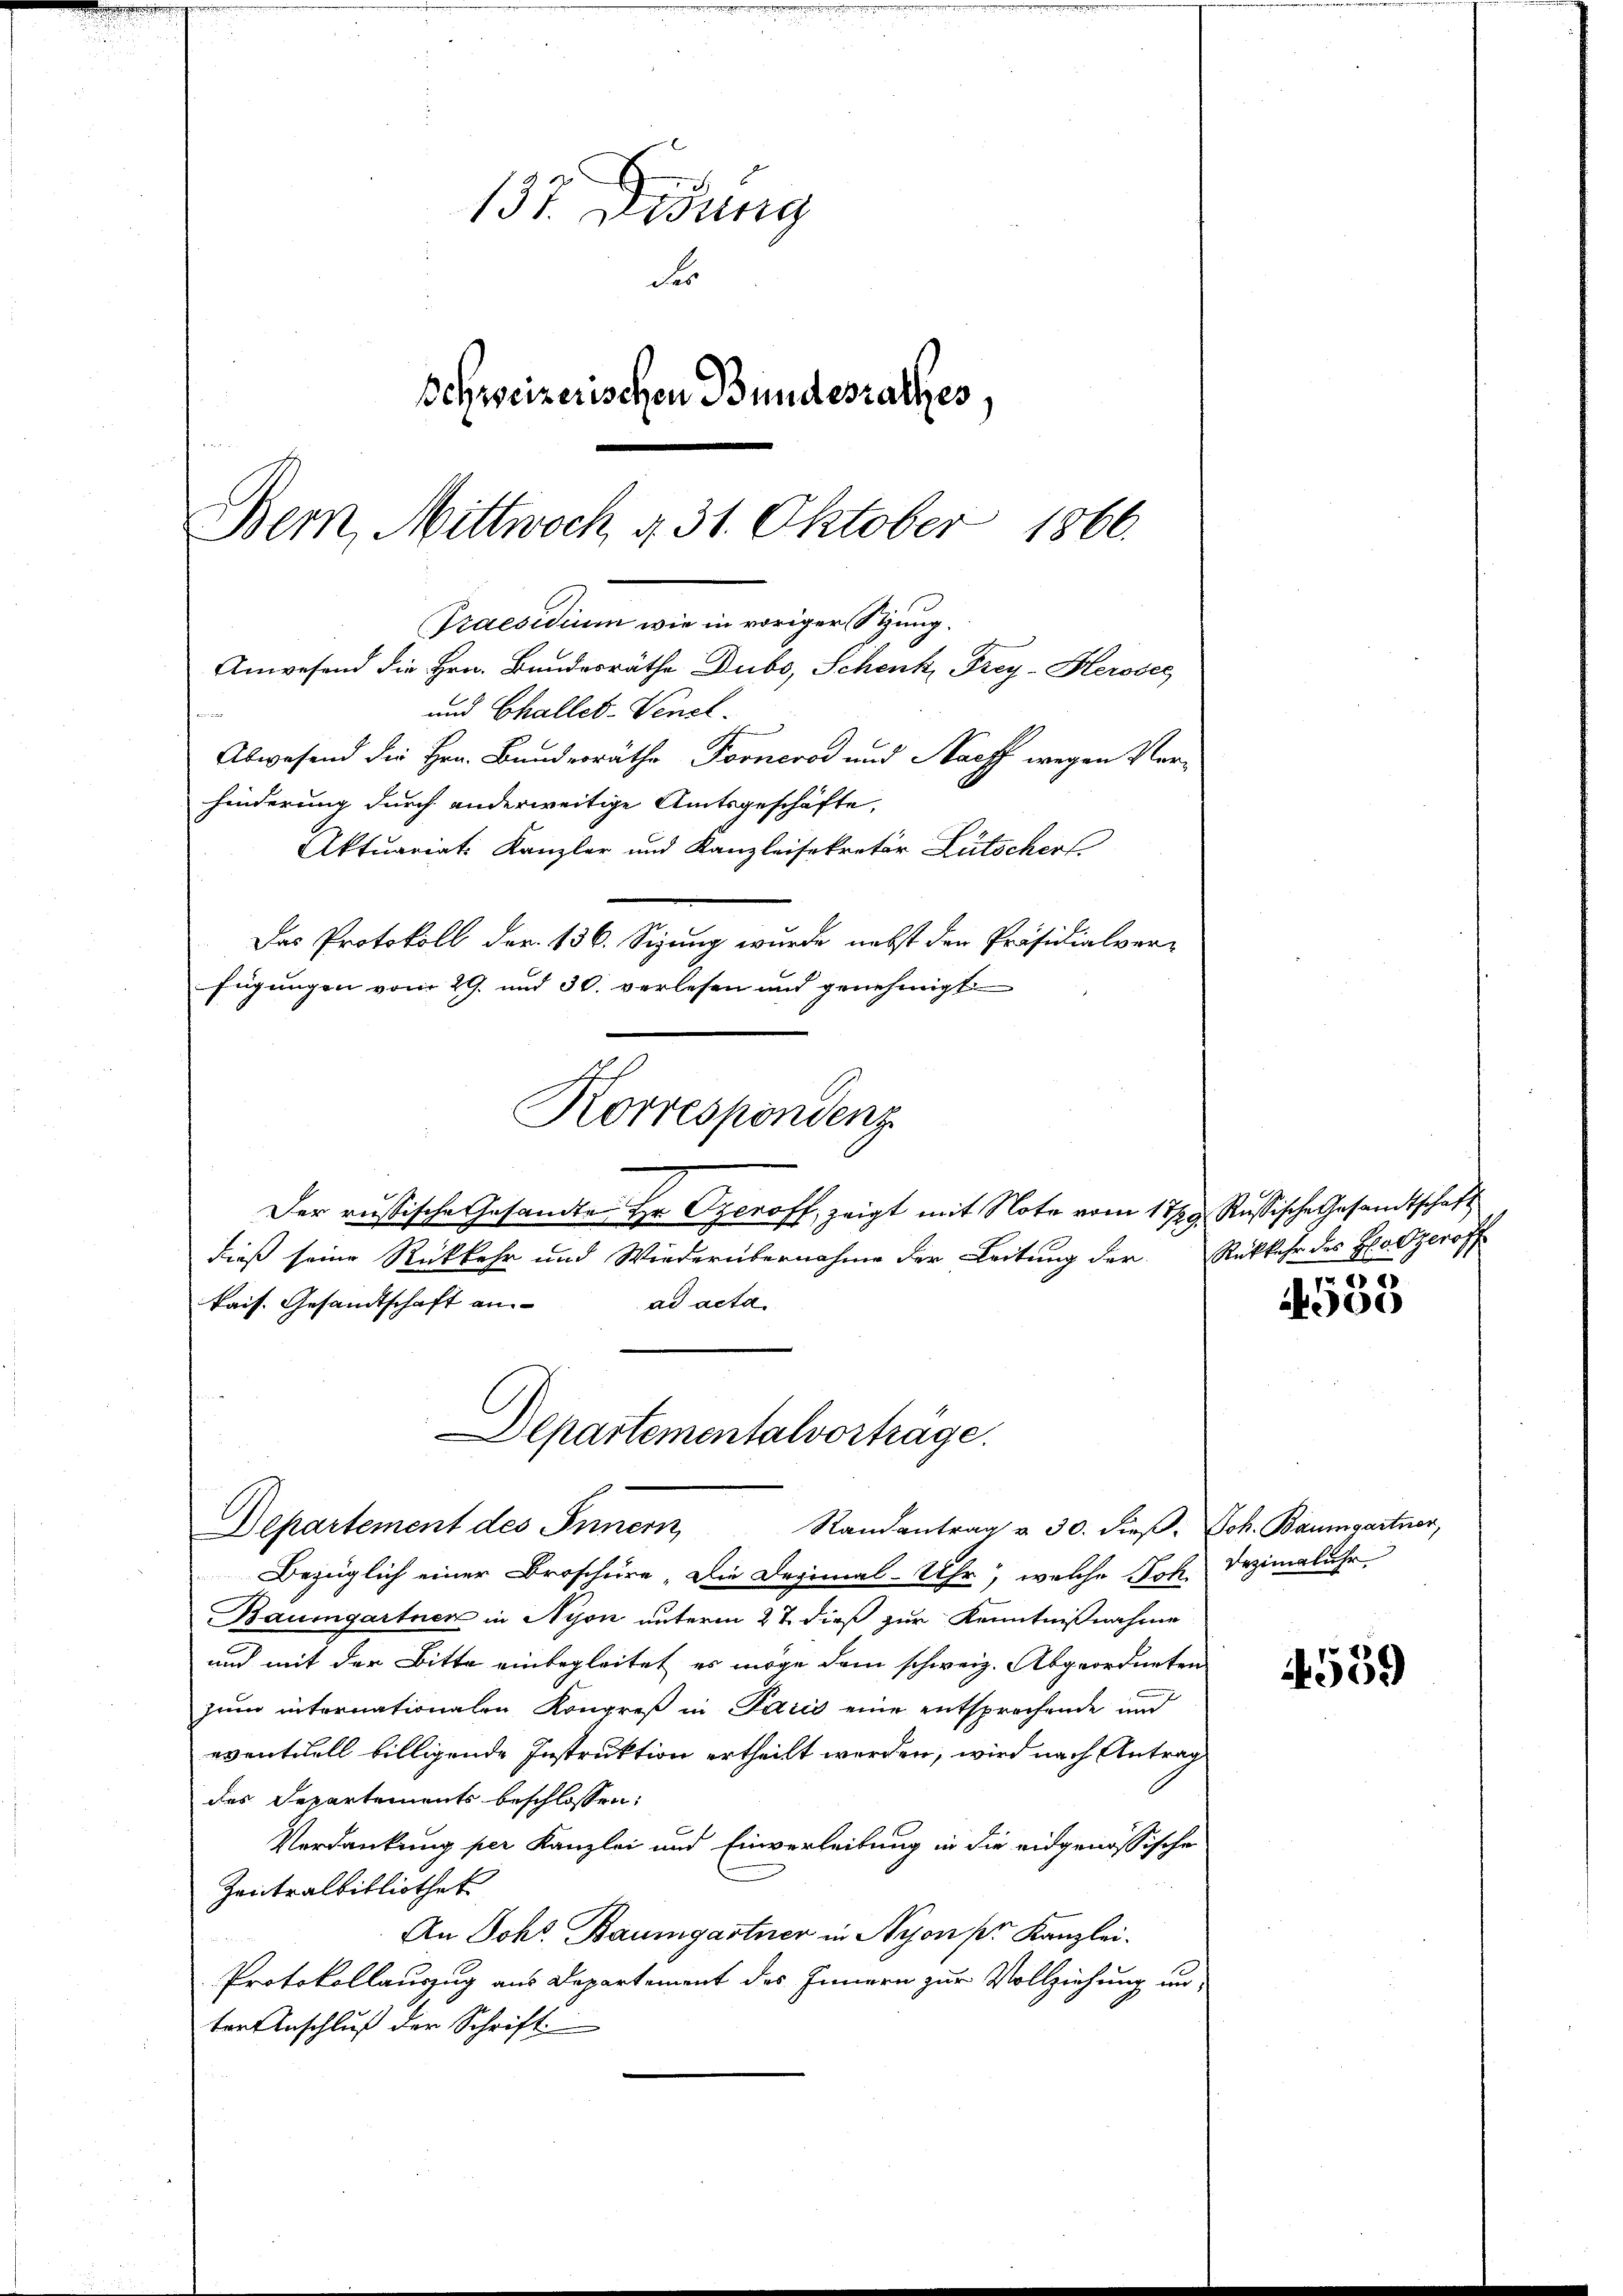
i

Aktuariat. Kanzler und Kanzleisekretär Lütscher
Das Protokoll der 136. Sizung wurde nebst den Präsidialver-
fügungen vom 29. und 30. verlesen und genehmigt
Korrespondenz
Der russische Gesandte Hr. Czeroff, zeigt mit Note vom 17. 9. Russische Gesandtschaft
dieß seine Rückkehr und Wiederübernahme der Leitung der
kais. Gesandtschaft an
ad acta
Departementalvorträge.

137. Diedung
des
Schweizerischen Bundesrathes,
Bern, Mittwoch d. 31. Oktober
1866.
Praesidium wie in voriger Sitzung.
Anwesend die Hrn. Bundesräthe Dubs, Schenk, Frey-Herosec
und Challer-Venel¬
Abwesend die Hrn. Bundesräthe Fornerod und Nach wegen Verhinderung durch anderweitige Amtsgeschäfte,

Departement des Innern,
Randantrag v. 30. dieß. Joh. Baumgartner,

Bezüglich einer Broschüre „Die Deginal-Uhr, welche Joh. Dezimaluhr
Baumgartner in Nyon unterm 27 dieß zur Kenntnißnahme
und mit der Bitte einbegleitet es möge dem schweiz. Abgeordneten
zum internationalen Kongreß in Paris eine entsprechende und
eventuell billigende Instruktion ertheilt werden, wird nach Antrag
des Departements beschlossen:
Verdankung per Kanzlei und Einverleitung in die eidgenössische
Zentralbibliothek
An Johs. Baumgartner in Nyon pr. Kanzlei.
Protokollauszug aus Departement des Innern zur Vollziehung un
ter Anschluß der Schrift

Rükkehr des Hr Ozeroff
 64

400

4559